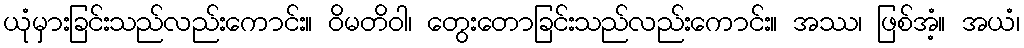
ယုံမှားခြင်းသည်လည်းကောင်း။ ဝိမတိဝါ၊ တွေးတောခြင်းသည်လည်းကောင်း။ အဿ၊ ဖြစ်အံ့။ အယံ၊